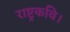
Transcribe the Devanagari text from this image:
राष्ट्रकवि।